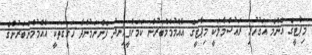
މިޕާޓީގެ އެންމެ އަގުހުރި ރައުސްމާލަކީ މިޕާޓީގެ އާއްމުމެމްބަރުން ކަމަށްވީހިނދު ފެންނަމުންދާ ހަގީގަތަކީ އާއްމުމެންބަރުންގެ